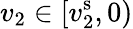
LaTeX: v_{2}\in[v_{2}^{\mathrm{s}},0)